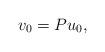
LaTeX: \begin{align*} v_0 = P u_0,\end{align*}